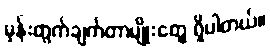
မှန်းတွက်ချက်တာမျိုးတွေ ရှိပါတယ်။